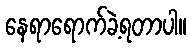
နေရာရောက်ခဲ့ရတာပါ။